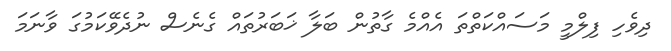
ދިވެހި ފިލްމީ މަސައްކަތްތަ އެއްމެ ގާތުން ބަލާ ޚަބަރުތައް ގެނެސް ނުދެވޭކަމުގަ ވާނަމަ